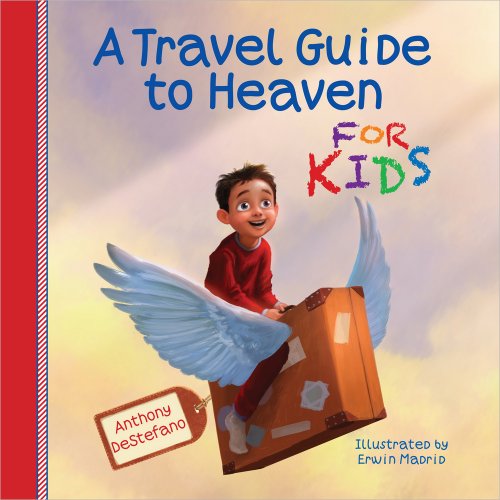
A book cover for A Travel Guide to Heaven for Kids; Anthony DeStefano; Children's Books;